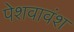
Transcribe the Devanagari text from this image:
पेशवावंश